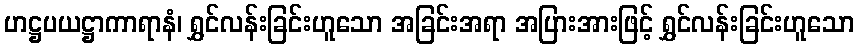
ဟဋ္ဌပယဋ္ဌာကာရာနံ၊ ရွှင်လန်းခြင်းဟူသော အခြင်းအရာ အပြားအားဖြင့် ရွှင်လန်းခြင်းဟူသော